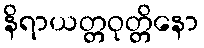
နိရာယတ္တဝုတ္တိနော